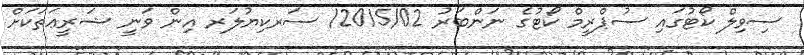
ސިވިލް ކޯޓުގައި ސުޕްރީމް ކޯޓުގެ ނަންބަރު 2015/02/ ސަރކިޔުލަރ އިން ވަނީ ޝަރީޢަތަކަށް